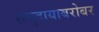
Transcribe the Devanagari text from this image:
समुदायाबरोबर